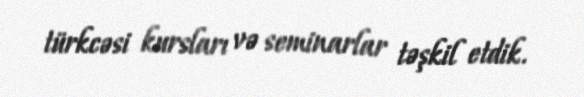
türkcəsi kursları və seminarlar təşkil etdik.